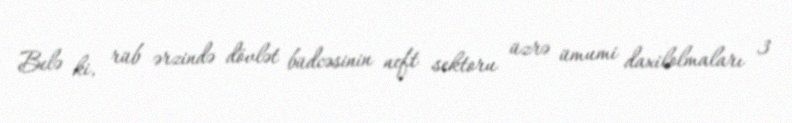
Belə ki, rüb ərzində dövlət büdcəsinin neft sektoru üzrə ümumi daxilolmaları 3